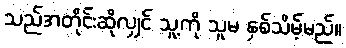
သည်အတိုင်းဆိုလျှင် သူ့ကို သူမ နှစ်သိမ့်မည်။